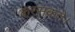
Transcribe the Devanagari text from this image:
करसकते।